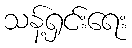
သန့်ရှင်းရေး